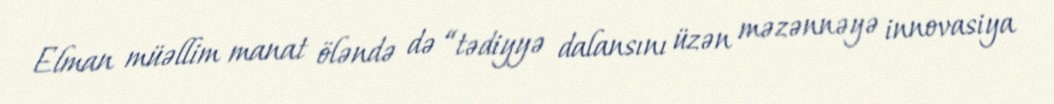
Elman müəllim manat öləndə də “tədiyyə dalansını üzən məzənnəyə innovasiya